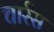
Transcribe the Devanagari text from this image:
चार्रस